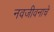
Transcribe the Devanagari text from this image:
नवजीवनाचे